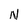
Character: N